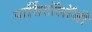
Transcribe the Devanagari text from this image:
पार्सिटॉलॉजी